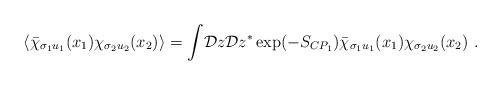
LaTeX: \begin{align*}\langle\bar\chi_{\sigma_1u_1}(x_1)\chi_{\sigma_2u_2}(x_2)\rangle=\int\!{\cal D}z{\cal D}z^*\exp(-S_{CP_1})\bar\chi_{\sigma_1u_1}(x_1)\chi_{\sigma_2u_2}(x_2)~.\end{align*}